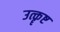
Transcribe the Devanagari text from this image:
उत्कॄष्ट